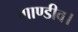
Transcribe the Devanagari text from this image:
गाण्डीव।